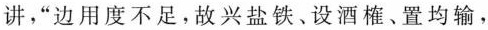
讲，”边用度不足。故兴盐铁﹑设酒榷、置均输，